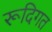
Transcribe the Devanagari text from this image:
रूदिगत